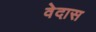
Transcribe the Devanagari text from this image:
वेदास